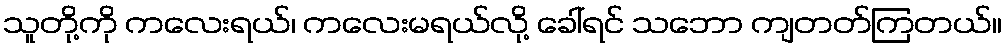
သူတို့ကို ကလေးရယ်၊ ကလေးမရယ်လို့ ခေါ်ရင် သဘော ကျတတ်ကြတယ်။